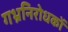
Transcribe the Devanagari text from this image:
गभ्रनिरोधकों